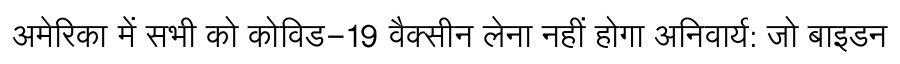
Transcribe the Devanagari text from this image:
अमेरिका में सभी को कोविड-19 वैक्सीन लेना नहीं होगा अनिवार्य: जो बाइडन